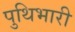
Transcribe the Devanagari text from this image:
पुथिभारी